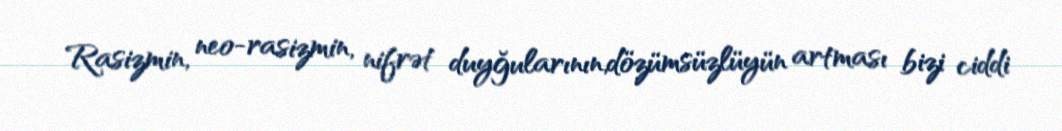
Rasizmin, neo-rasizmin, nifrət duyğularının,dözümsüzlüyün artması bizi ciddi